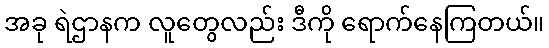
အခု ရဲဌာနက လူတွေလည်း ဒီကို ရောက်နေကြတယ်။